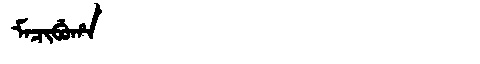
Manchu: ᠮᠠᠴᡳᠪᡠᡥᠠ
Romanization: MACIBUHA